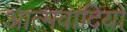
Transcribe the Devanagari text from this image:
आत्मवादियों